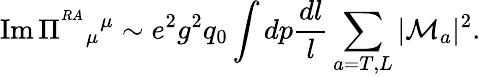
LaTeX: \mathrm{Im}\, \Pi^{^{RA}}{}_{\mu}{}^{\mu}\sim e^{2}g^{2}q_{0}\int dp{\frac{dl}{l}}\sum_{a=T,L}|{\cal M}_{a}|^{2}.